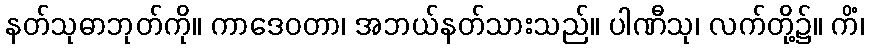
နတ်သုဓာဘုတ်ကို။ ကာဒေဝတာ၊ အဘယ်နတ်သားသည်။ ပါဏီသု၊ လက်တို့၌။ ကိံ၊